Annual statistical returns and brief notes on vaccination in Bengal - 1909-1929
Year: 1909
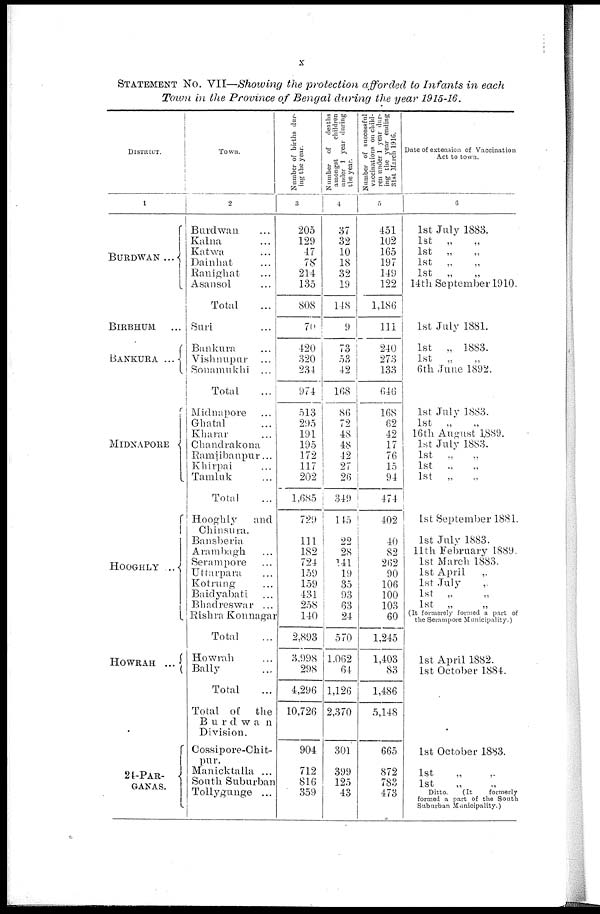
x
STATEMENT NO. VII—Showing the protection afforded to Infants in each
Town in the Province of Bengal during the year 1915-16.
DISTRICT
1
BURDWAN ...
BIRBHUM.
...
BANKURA ...
MIDNAPORE
HOOGHLY ...
HOWRAH ...
24-PAR-
GANAS.
Town.
2
Burdwan ...
Kalna ...
Katwa ...
Dainhat ...
Ranighat ...
Asansol ...
Total ...
Suri ...
Bunkura ...
Vishnupur ...
Sonamukhi ...
Total
...
Midnapore ...
Ghatal ...
Kharar ...
Chandrakona ...
Ramjibanpur...
Khirpai ...
Tamluk ...
Total ...
Hooghly
and
Chinsura.
Bansberia
Arambagh ...
Serampore ...
Uttarpara ...
Kotrung ...
Baidyabati ...
Bhadreswar ...
Rishra Konnagar
Total ...
Howrah ...
Bally ...
Total ...
Total of
the
Burdwan
Division.
Cossipore-Chit-
pur.
Manicktalla ...
South Suburban
Tollygunge ...
Number of births dur-
ing the year.
3
205
129
47
78
214
135
808
70
420
320
234
974
513
295
191
195
172
117
202
1,685
729
111
182
724
159
159
431
258
140
2,893
3,998
298
4,296
10,726
904
712
816
359
Number of deaths
amongst
children
under 1 year during
the year.
4
37
32
10
18
32
19
148
9
73
53
42
168
86
72
48
48
42
27
26
349
145
22
28
141
19
35
93
63
24
570
1,062
64
1,126
2,370
301
399
125
43
Number of successful
vaccinations on child-
ren under 1 year dur-
ing the year ending
31st March 1916.
5
451
102
165
197
149
122
1,186
111
240
273
133
646
168
62
42
17
76
15
94
474
402
40
82
262
90
106
100
103
60
1,245
1,403
83
1,486
5,148
665
872
783
473
Date of extension of Vaccination
Act to town.
6
1st July 1883.
1st „
„
1st
„ „
1st
„ „
1st
„ „
14th September 1910.
1st July 1881.
1st
„ 1883.
1st
„ „
6th June 1892.
1st July 1883.
1st
„
16th August 1889.
1st July 1883.
1st
„ „
1st
„ „
1st
„ „
1st September 1881.
1st July 1883.
11th February 1889.
1st March 1883.
1st April
„
1st July „
1st „ „
1st „ „
(It formerely formed a part of
the Serampore Municipality.)
1st April 1882.
1st October 1884.
1st October 1883.
1st „ „
1st „ „
Ditto.
(It
formerly
formed a part of the South
Sub urban Municipality.)